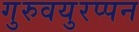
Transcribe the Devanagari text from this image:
गुरुवयुरप्पन